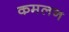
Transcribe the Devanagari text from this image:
कमलन